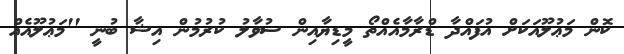
ކޮން މަޢުލޫއަކަށް އުފައްދާ ޑްރާމާއެއްތޯ މީޑިޔާއިން ސުވާލު ކުރުމުން އިޝާ ބުނީ ''މަޢުލޫއެއް